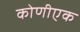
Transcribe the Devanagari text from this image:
कोणीएक